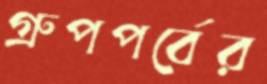
গ্রুপপর্বের